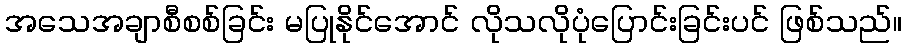
အသေအချာစီစစ်ခြင်း မပြုနိုင်အောင် လိုသလိုပုံပြောင်းခြင်းပင် ဖြစ်သည်။